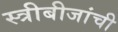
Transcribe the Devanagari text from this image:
स्त्रीबीजांची